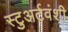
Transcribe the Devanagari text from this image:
स्टुअर्टवंशी